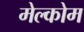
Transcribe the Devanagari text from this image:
मेल्कोम